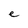
Character: e